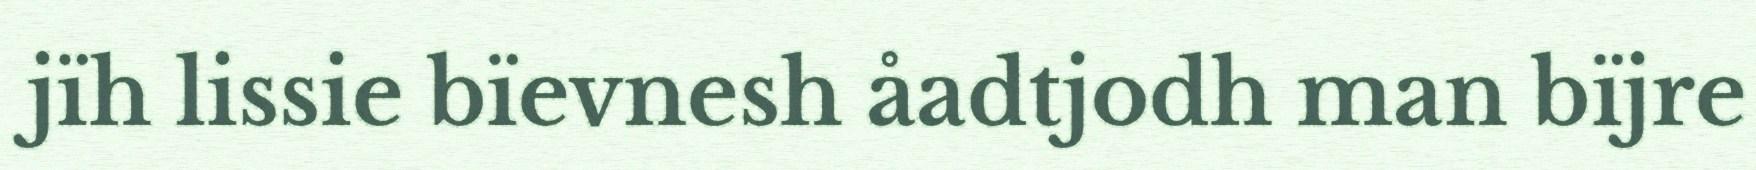
jïh lissie bïevnesh åadtjodh man bïjre